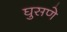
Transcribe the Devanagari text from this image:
घुसणे